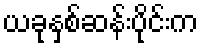
ယခုနှစ်ဆန်းပိုင်းက